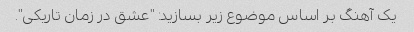
یک آهنگ بر اساس موضوع زیر بسازید: "عشق در زمان تاریکی".